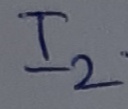
Text: I2